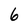
Character: 6